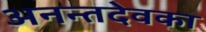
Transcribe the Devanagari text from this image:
अनन्तदेवका